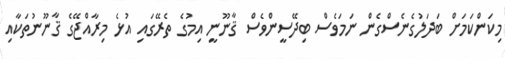
މިކަންކަމަށް ބަދަލުގެނެސްގެން ނަމަވެސް ބިދޭސީންވެސް ޤާނޫނީ އިމުގެ ތެރޭގައި އުޅެ މިރާއްޖޭގެ ޤާނޫނުތަކާއި